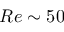
R e \sim 5 0